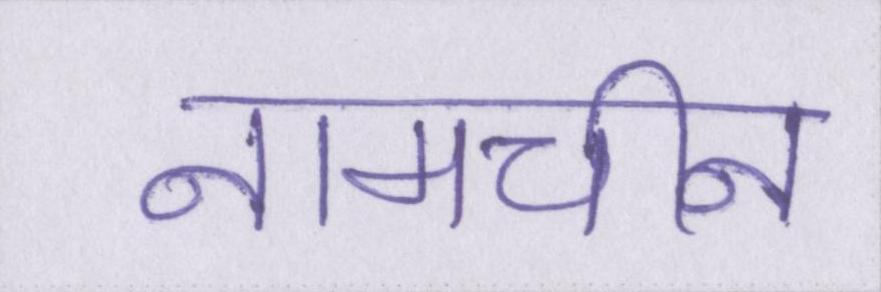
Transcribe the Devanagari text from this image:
नामचीन